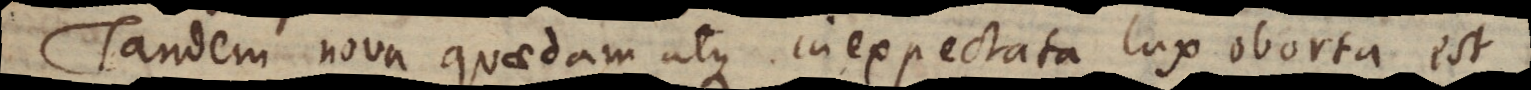
Tandem nova quaedam atque inexpectata lux oborta est